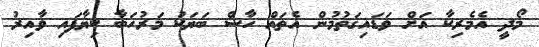
މޯދީ އެމެރިކާ އަށް ވަޑައިގަތުމުން އެތައް ހާސް ބަޔަކު މަރުހަބާ ކިޔާފައި ވާއިރު